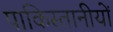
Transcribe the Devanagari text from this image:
पाकिस्तानीयों